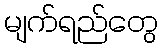
မျက်ရည်တွေ